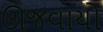
ઊજવાયો